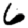
Digit: 6